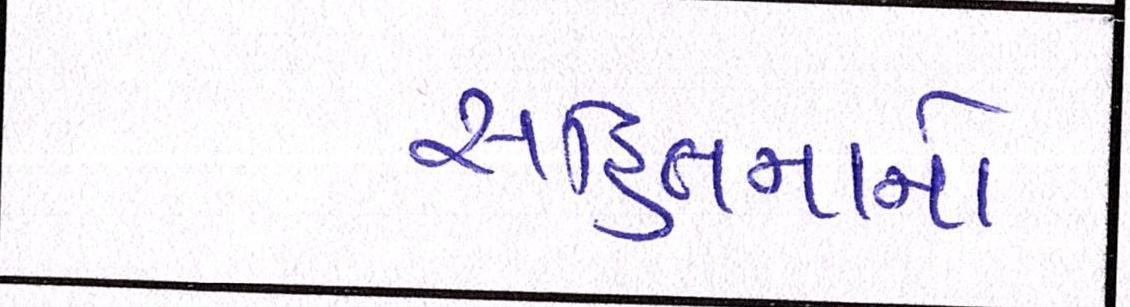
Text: સહિતનાનો